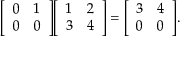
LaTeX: { \left[ \begin{array} { l l } { 0 } & { 1 } \\ { 0 } & { 0 } \end{array} \right] } { \left[ \begin{array} { l l } { 1 } & { 2 } \\ { 3 } & { 4 } \end{array} \right] } = { \left[ \begin{array} { l l } { 3 } & { 4 } \\ { 0 } & { 0 } \end{array} \right] } .